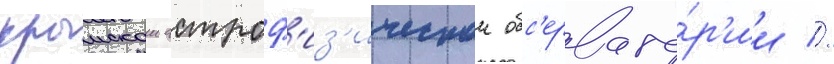
крымскои астроф'из'ическои обс'ервато́р'ии //